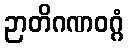
ဉာတိဂဏဝဂ္ဂံ